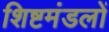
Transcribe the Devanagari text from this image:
शिष्टमंडलों